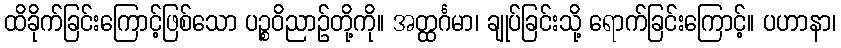
ထိခိုက်ခြင်းကြောင့်ဖြစ်သော ပဉ္စဝိညာဉ်တို့ကို။ အတ္ထင်္ဂမာ၊ ချုပ်ခြင်းသို့ ရောက်ခြင်းကြောင့်။ ပဟာနာ၊